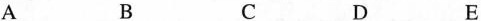
A B C D E